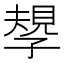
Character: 𡦑